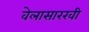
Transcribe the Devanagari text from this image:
वेलासारखी